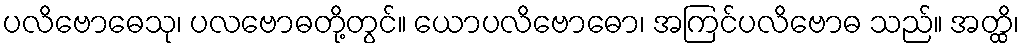
ပလိဗောဓေသု၊ ပလဗောဓတို့တွင်။ ယောပလိဗောဓော၊ အကြင်ပလိဗောဓ သည်။ အတ္ထိ၊